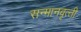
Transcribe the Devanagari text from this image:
सन्‍मानवृत्‍ती